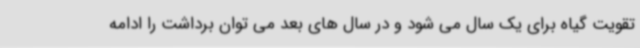
تقویت گیاه برای یک سال می شود و در سال های بعد می توان برداشت را ادامه